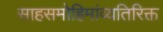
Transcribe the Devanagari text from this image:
साहसमोहिमांव्यतिरिक्त